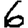
Digit: 6